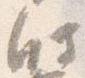
時